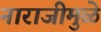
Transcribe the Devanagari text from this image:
नाराजीमुळे